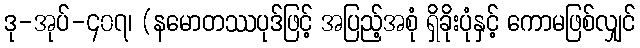
ဒု-အုပ်-၄၀၇၊ (နမောတဿပုဒ်ဖြင့် အပြည့်အစုံ ရှိခိုးပုံနှင့် ကောမဖြစ်လျှင်